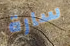
سارة